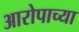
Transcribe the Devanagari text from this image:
आरोपाच्या